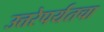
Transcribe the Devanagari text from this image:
उत्तरेपर्यंतचा